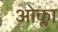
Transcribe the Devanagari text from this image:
ओक्ला